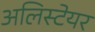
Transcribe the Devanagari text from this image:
अलिस्टेयर